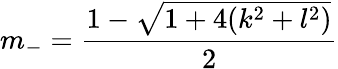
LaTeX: m_{-}=\frac{1-\sqrt{1+4(k^{2}+l^{2})}}{2}